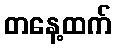
တနေ့ထက်